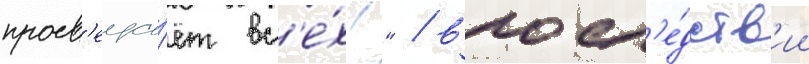
просв'еща́ет вс'е́х!" / впосл'е́дств'ии